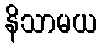
နိသာမယ